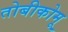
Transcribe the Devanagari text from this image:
तोबीकोमू